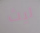
ليث